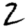
Digit: 2